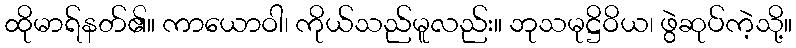
ထိုမာရ်နတ်၏။ ကာယောဝါ၊ ကိုယ်သည်မူလည်း။ ဘုသမုဋ္ဌိဝိယ၊ ဖွဲဆုပ်ကဲ့သို့။